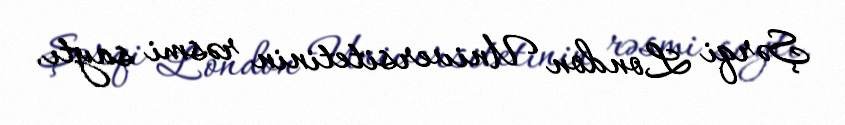
Şərqi London Universitetinin rəsmi saytı.